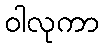
ဝါလုကာ